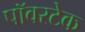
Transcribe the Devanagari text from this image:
पॉवरटेक